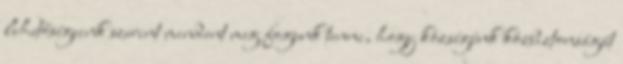
lehetőségeink szerint mindent meg fogunk tenni, hogy községünk közbiztonságát